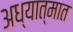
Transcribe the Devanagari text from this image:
अध्यात्मात